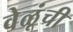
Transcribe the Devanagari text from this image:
वेळूंची